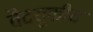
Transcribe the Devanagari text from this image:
वैद्युकीय